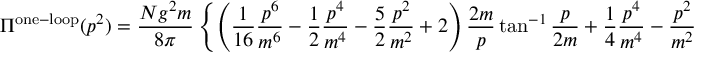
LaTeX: \Pi ^ { \mathrm { o n e - l o o p } } ( p ^ { 2 } ) = \frac { N g ^ { 2 } m } { 8 \pi } \left\{ \left( \frac { 1 } { 1 6 } \frac { p ^ { 6 } } { m ^ { 6 } } - \frac { 1 } { 2 } \frac { p ^ { 4 } } { m ^ { 4 } } - \frac { 5 } { 2 } \frac { p ^ { 2 } } { m ^ { 2 } } + 2 \right) \frac { 2 m } { p } \tan ^ { - 1 } \frac { p } { 2 m } + \frac { 1 } { 4 } \frac { p ^ { 4 } } { m ^ { 4 } } - \frac { p ^ { 2 } } { m ^ { 2 } } - 2 \right\}